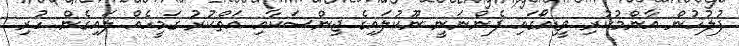
ފުލުހުން އާންމުކުރި ވީޑިއޯގައި ފެންނަނީ ނޫކުލައިގެ ޖިންސަކާއި އަތްކުރު ގަމީހެއް ލައިގެން ހުރި